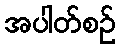
အပါတ်စဉ်